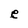
Character: e